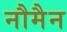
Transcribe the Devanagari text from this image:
नौमैन